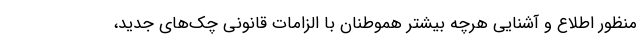
منظور اطلاع و آشنایی هرچه بیشتر هموطنان با الزامات قانونی چک‌های جدید،